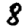
Digit: 8